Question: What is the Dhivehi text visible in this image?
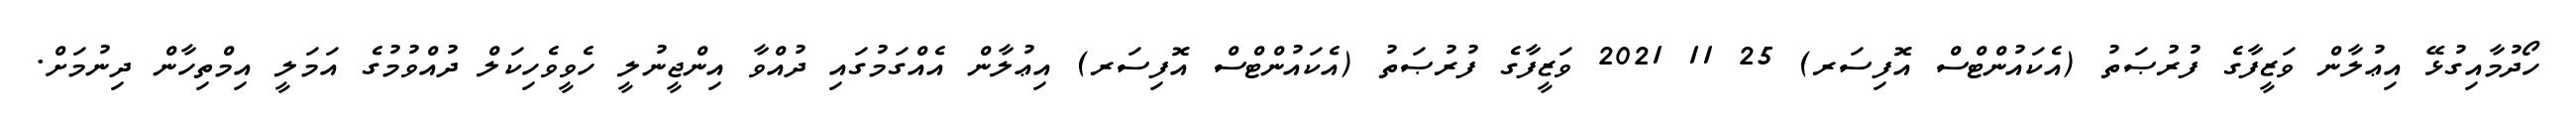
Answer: ހޯދުމާއިގުޅޭ އިޢުލާން ވަޒީފާގެ ފުރުޞަތު (އެކައުންޓްސް އޮފިސަރ) 25 11 2021 ވަޒީފާގެ ފުރުޞަތު (އެކައުންޓްސް އޮފިސަރ) އިޢުލާން އެއްގަމުގައި ދުއްވާ އިންޖީނުލީ ހެވީވެހިކަލް ދުއްވުމުގެ އަމަލީ އިމްތިހާން ދިނުމަށް.